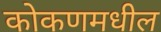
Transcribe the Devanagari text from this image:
कोकणमधील